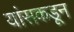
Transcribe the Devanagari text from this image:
यांसकडून